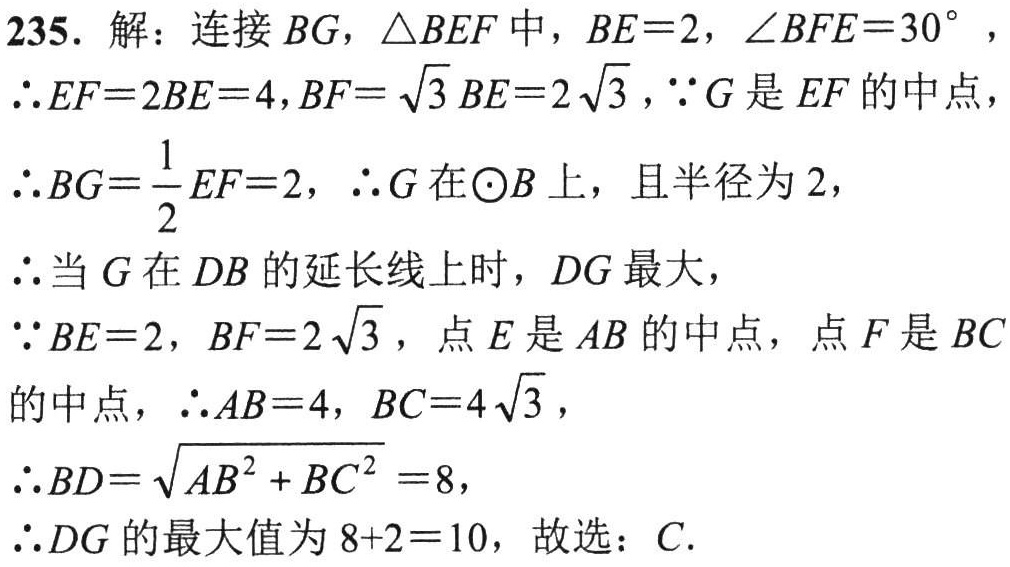
235. 解：连接 \(BG\)，\(\triangle BEF\) 中，\(BE = 2\)，\(\angle BFE = 30^{\circ}\)，
\(\therefore EF = 2BE = 4\)，\(BF=\sqrt{3}BE = 2\sqrt{3}\)，\(\because G\) 是 \(EF\) 的中点，
\(\therefore BG=\frac{1}{2}EF = 2\)，\(\therefore G\) 在 \(\odot B\) 上，且半径为 \(2\)，
\(\therefore\) 当 \(G\) 在 \(DB\) 的延长线上时，\(DG\) 最大，
\(\because BE = 2\)，\(BF = 2\sqrt{3}\)，点 \(E\) 是 \(AB\) 的中点，点 \(F\) 是 \(BC\) 的中点，\(\therefore AB = 4\)，\(BC = 4\sqrt{3}\)，
\(\therefore BD=\sqrt{AB^{2}+BC^{2}} = 8\)，
\(\therefore DG\) 的最大值为 \(8 + 2 = 10\)，故选：\(C\).